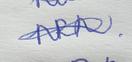
Signature authenticity: genuine